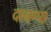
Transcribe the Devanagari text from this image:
दानप्पा